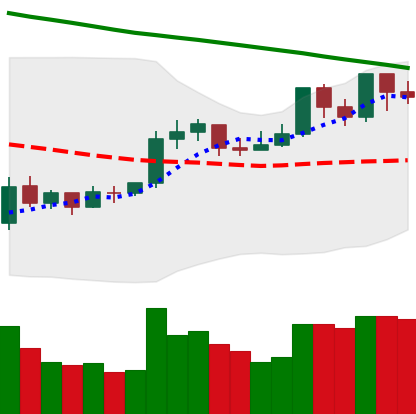
Ticker: XRP-USD
Chart end date: 2019-10-19
Forward return: -4.959%
Label: down_3_5